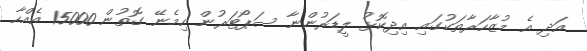
އަދި އެ މުޒާހަރާތަކުގައި އިދިކޮޅު ލީޑަރުންނާ ސަޕޯޓަރުން ހިމެނޭ ގޮތުން 15000 އެއްހާ